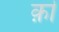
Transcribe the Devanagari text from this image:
क़ॊ